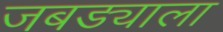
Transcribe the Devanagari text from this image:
जबड्याला